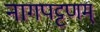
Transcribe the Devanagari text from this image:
नागपट्टणम्